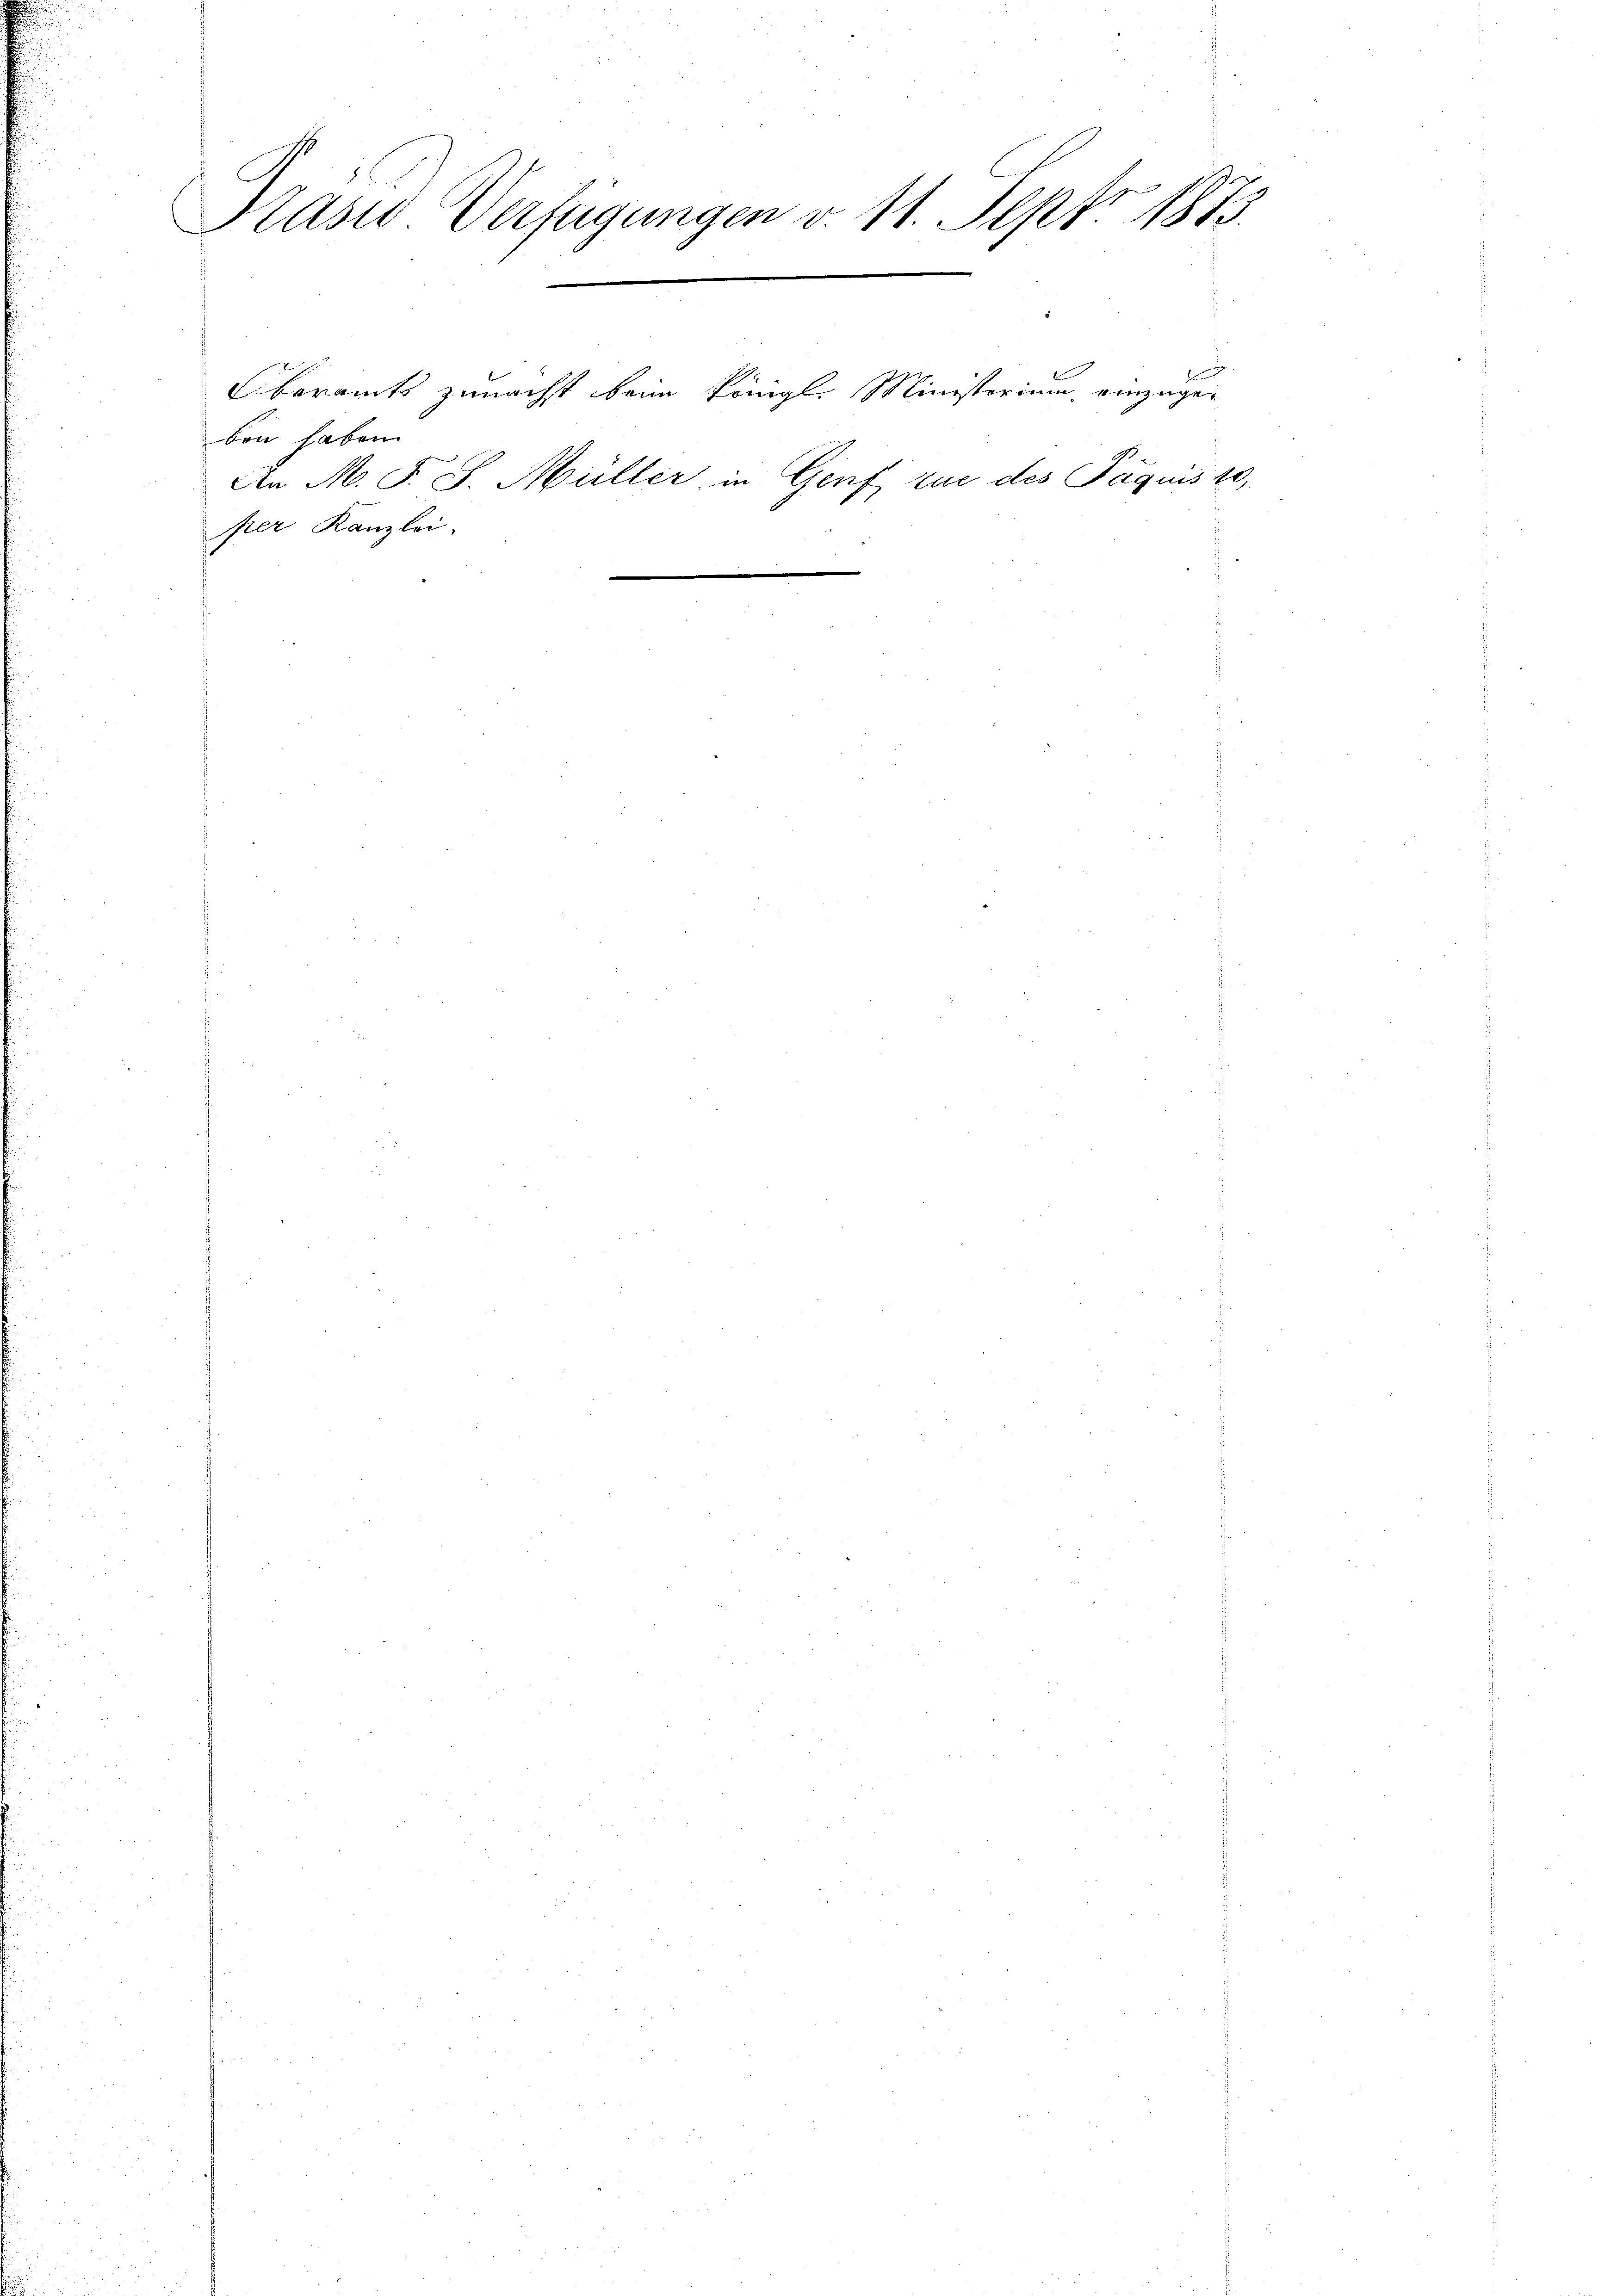
Präsid Verfügungen v. 11. Sept. 1873.

ben haben.
per Kanzlei.

Oberamts zunächst beim Königl. Ministerium, einzuge¬
An M. F. S. Müller, in Genf zue des Paquis 10,
.

be